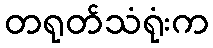
တရုတ်သံရုံးက